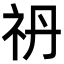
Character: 𥘘